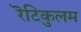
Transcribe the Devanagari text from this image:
रॆटिकुलम